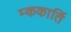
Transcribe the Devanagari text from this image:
म्ककार्ति